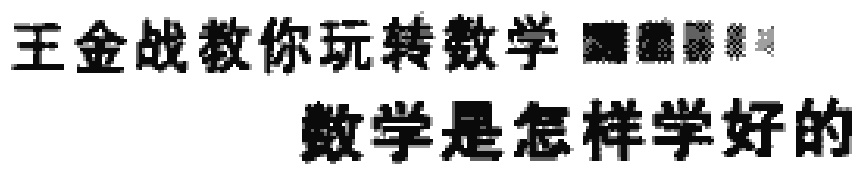
王金战教你玩转数学 数学是怎样学好的